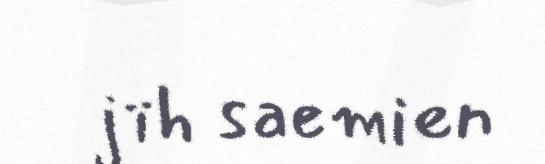
jïh saemien